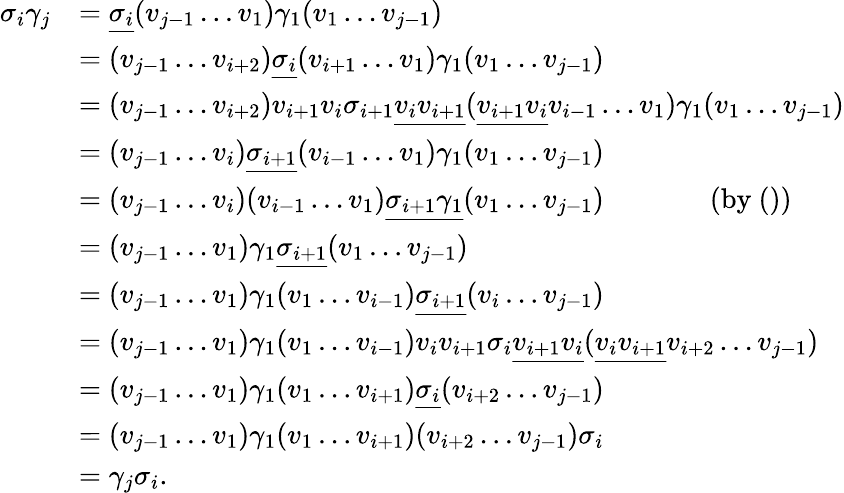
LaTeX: \begin{array}{rl}{\sigma_{i}\gamma_{j}}&{=\underline{{\sigma_{i}}}(v_{j-1}\ldots v_{1})\gamma_{1}(v_{1}\ldots v_{j-1})}\\ &{=(v_{j-1}\ldots v_{i+2})\underline{{\sigma_{i}}}(v_{i+1}\ldots v_{1})\gamma_{1}(v_{1}\ldots v_{j-1})}\\ &{=(v_{j-1}\ldots v_{i+2})v_{i+1}v_{i}\sigma_{i+1}\underline{{v_{i}v_{i+1}}}(\underline{{v_{i+1}v_{i}}}v_{i-1}\ldots v_{1})\gamma_{1}(v_{1}\ldots v_{j-1})}\\ &{=(v_{j-1}\ldots v_{i})\underline{{\sigma_{i+1}}}(v_{i-1}\ldots v_{1})\gamma_{1}(v_{1}\ldots v_{j-1})}\\ &{=(v_{j-1}\ldots v_{i})(v_{i-1}\ldots v_{1})\underline{{\sigma_{i+1}\gamma_{1}}}(v_{1}\ldots v_{j-1})~~~~~~~~~~~~~~\mathrm{~(by~())}}\\ &{=(v_{j-1}\ldots v_{1})\gamma_{1}\underline{{\sigma_{i+1}}}(v_{1}\ldots v_{j-1})}\\ &{=(v_{j-1}\ldots v_{1})\gamma_{1}(v_{1}\ldots v_{i-1})\underline{{\sigma_{i+1}}}(v_{i}\ldots v_{j-1})}\\ &{=(v_{j-1}\ldots v_{1})\gamma_{1}(v_{1}\ldots v_{i-1})v_{i}v_{i+1}\sigma_{i}\underline{{v_{i+1}v_{i}}}(\underline{{v_{i}v_{i+1}}}v_{i+2}\ldots v_{j-1})}\\ &{=(v_{j-1}\ldots v_{1})\gamma_{1}(v_{1}\ldots v_{i+1})\underline{{\sigma_{i}}}(v_{i+2}\ldots v_{j-1})}\\ &{=(v_{j-1}\ldots v_{1})\gamma_{1}(v_{1}\ldots v_{i+1})(v_{i+2}\ldots v_{j-1})\sigma_{i}}\\ &{=\gamma_{j}\sigma_{i}.}\end{array}